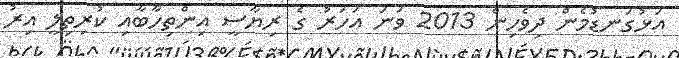
އަޅުގަނޑުމެން ދިވެހިން 2013 ވަނަ އަހަރު ގެ ރިޔާސީ އިންތިހާބާއި ކުރިތިލީ އިރު